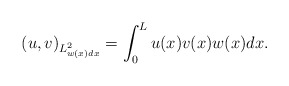
\begin{align*}(u,v)_{L^2_{w(x)dx}}=\int_0^L u(x)v(x) w(x)dx. \end{align*}